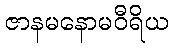
ဇာနမနောမဝီရိယ